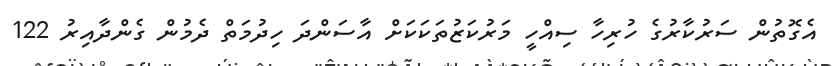
އެގޮތުން ސަރުކާރުގެ ހުރިހާ ސިއްހީ މަރުކަޒުތަކަކަށް އާސަންދަ ހިދުމަތް ދެމުން ގެންދާއިރު 122